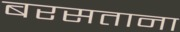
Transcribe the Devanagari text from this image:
बरसताना